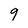
Character: 9